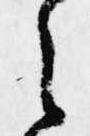
之